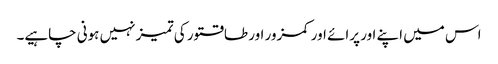
اس میں اپنے اور پرائے اور کمزور اور طاقتور کی تمیز نہیں ہونی چاہیے۔